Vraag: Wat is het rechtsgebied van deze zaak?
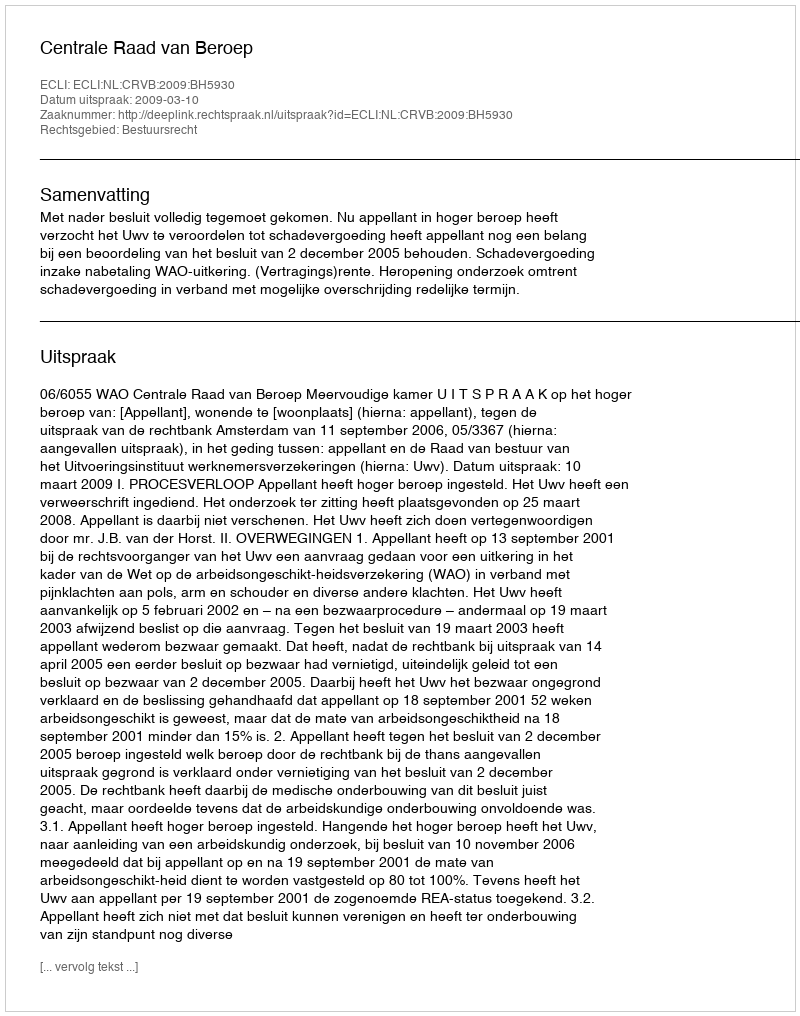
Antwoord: Bestuursrecht